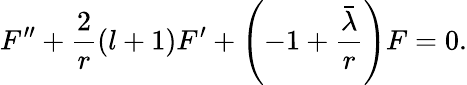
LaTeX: F^{\prime\prime}+\frac 2r(l+1)F^{\prime}+\left(-1+\frac{\bar{\lambda}}{r}\right)F=0.